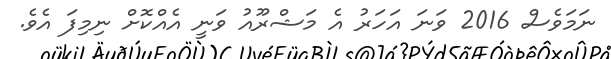
ނަމަވެސް 2016 ވަނަ އަހަރު އެ މަޝްރޫއު ވަނީ އެއްކޮށް ނިމިފަ އެވެ.